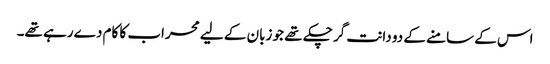
اس کے سامنے کے دو دانت گر چکے تھے جو زبان کے لیے محراب کا کام دے رہے تھے۔